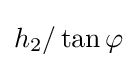
h_{2}/\operatorname {tan} \varphi